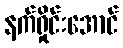
နက်ရှိုင်းအောင်